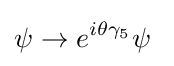
\psi \rightarrow e^{i\theta \gamma _{5}}\psi ~